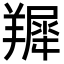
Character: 𦎾